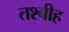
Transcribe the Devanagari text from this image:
तश्बीह